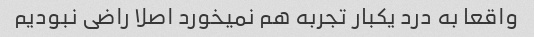
واقعا به درد یکبار تجربه هم نمیخورد اصلا راضی نبودیم